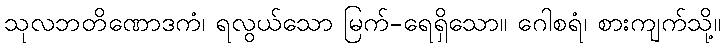
သုလဘတိဏောဒကံ၊ ရလွယ်သော မြက်-ရေရှိသော။ ဂေါစရံ၊ စားကျက်သို့။